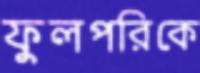
ফুলপরিকে